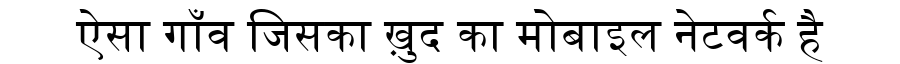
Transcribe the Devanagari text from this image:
ऐसा गाँव जिसका ख़ुद का मोबाइल नेटवर्क है